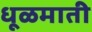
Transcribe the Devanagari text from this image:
धूळमाती